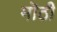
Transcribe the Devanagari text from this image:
मॊठी